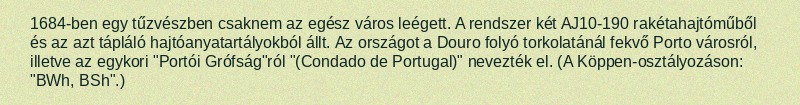
1684-ben egy tűzvészben csaknem az egész város leégett. A rendszer két AJ10-190 rakétahajtóműből és az azt tápláló hajtóanyatartályokból állt. Az országot a Douro folyó torkolatánál fekvő Porto városról, illetve az egykori "Portói Grófság"ról "(Condado de Portugal)" nevezték el. (A Köppen-osztályozáson: "BWh, BSh".)